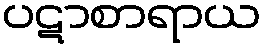
ပဋာစာရာယ